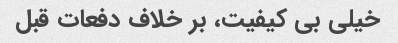
خیلی بی کیفیت، بر خلاف دفعات قبل